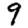
Digit: 9